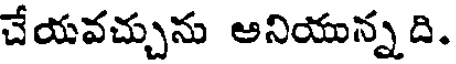
చేయవచ్చును అనియున్న ది.